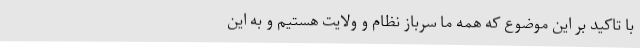
با تاکید بر این موضوع که همه ما سرباز نظام و ولایت هستیم و به این